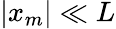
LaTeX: |x_{m}|\ll L